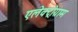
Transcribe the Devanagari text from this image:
एलेक्ट्रोग्राम